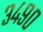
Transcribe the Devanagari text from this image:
३४९०